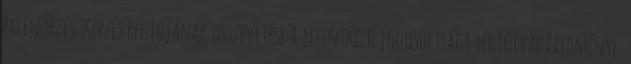
Ellenőrzés: Képzés régiójának összevetése a jelentkező jogosultsági régióival Eredménye: